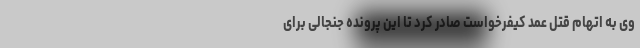
وی به اتهام قتل عمد کیفرخواست صادر کرد تا این پرونده جنجالی برای